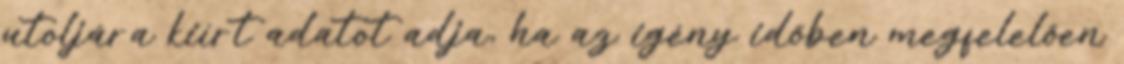
utoljára kiírt adatot adja, ha az igény időben megfelelően